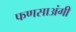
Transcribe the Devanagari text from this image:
फणसाअंगी